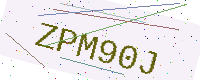
Text: ZPM90J